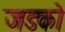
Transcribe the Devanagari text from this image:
जडको